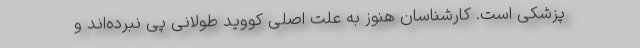
پزشکی است. کارشناسان هنوز به علت اصلی کووید طولانی پی نبرده‌اند و